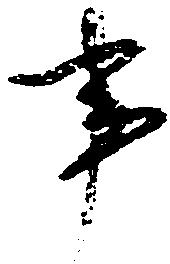
事